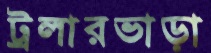
ট্রলারভাড়া